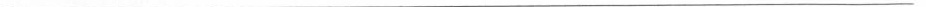
___